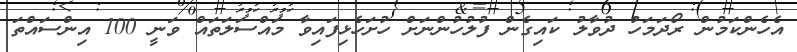
އެހެންކަމުން ރޯދަމަހު ދުވާލު ކައިގެން ފުލުހުންނަށް ހުށަހެޅިފައިވާ މައްސަލަތައް ވަނީ 100 އިންސައްތަ